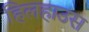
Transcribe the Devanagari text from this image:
हिलहाउस